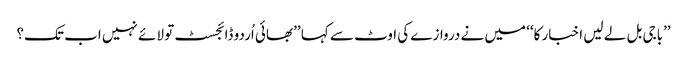
’’باجی بل لے لیں اخبار کا‘‘ میں نے دروازے کی اوٹ سے کہا ’’بھائی اُردو ڈائجسٹ تو لائے نہیں اب تک؟